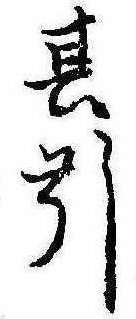
其引